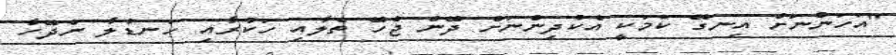
"އަހަންނަށް އިނގޭ ކަމަކީ އެކުދިންނަށް ދޭން ޖެހޭ ތެލާއި ހަކުރާއި ހަނޑުލާ ނުދޭހާ